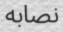
نصابه